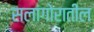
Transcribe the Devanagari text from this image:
सलांगोरातील